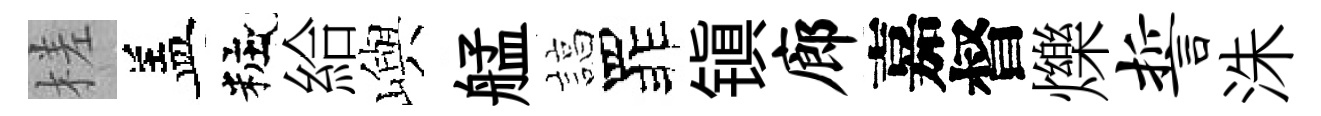
槎盖粧給嶼艋諄罪镇廊嘉督爍誓洙